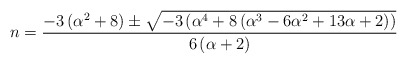
\begin{align*}n=\frac{-3\left(\alpha^{2}+8\right)\pm\sqrt{-3\left(\alpha^{4}+8\left(\alpha^{3}-6\alpha^{2}+13\alpha+2\right)\right)}}{6\left(\alpha+2\right)}\end{align*}